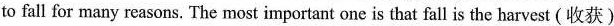
to fall for many reasons. The most important one is that fall is the harvest (收获)